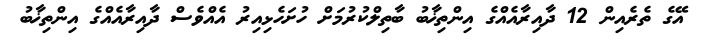
އޭގެ ތެރެއިން 12 ދާއިރާއެއްގެ އިންތިޚާބު ބާތިލްކުރުުމަށް ހުށަހެޅިއިރު އެއްވެސް ދާއިރާއެއްގެ އިންތިޚާބު